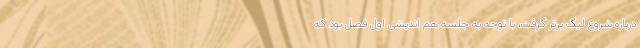
درباره شروع لیگ برتر گرفت، با توجه به جلسه هم اندیشی اول فصل بود که